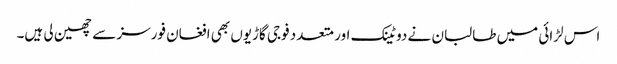
اس لڑائی میں طالبان نے دو ٹینک اور متعدد فوجی گاڑیوں بھی افغان فورسز سے چھین لی ہیں۔